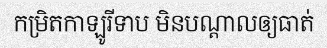
កម្រិតកាឡូរីទាប មិនបណ្តាលឲ្យធាត់